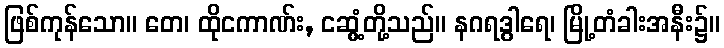
ဖြစ်ကုန်သော။ တေ၊ ထိုငကာဏ်း, ငဆွံ့တို့သည်။ နဂရဒွါရေ၊ မြို့တံခါးအနီး၌။